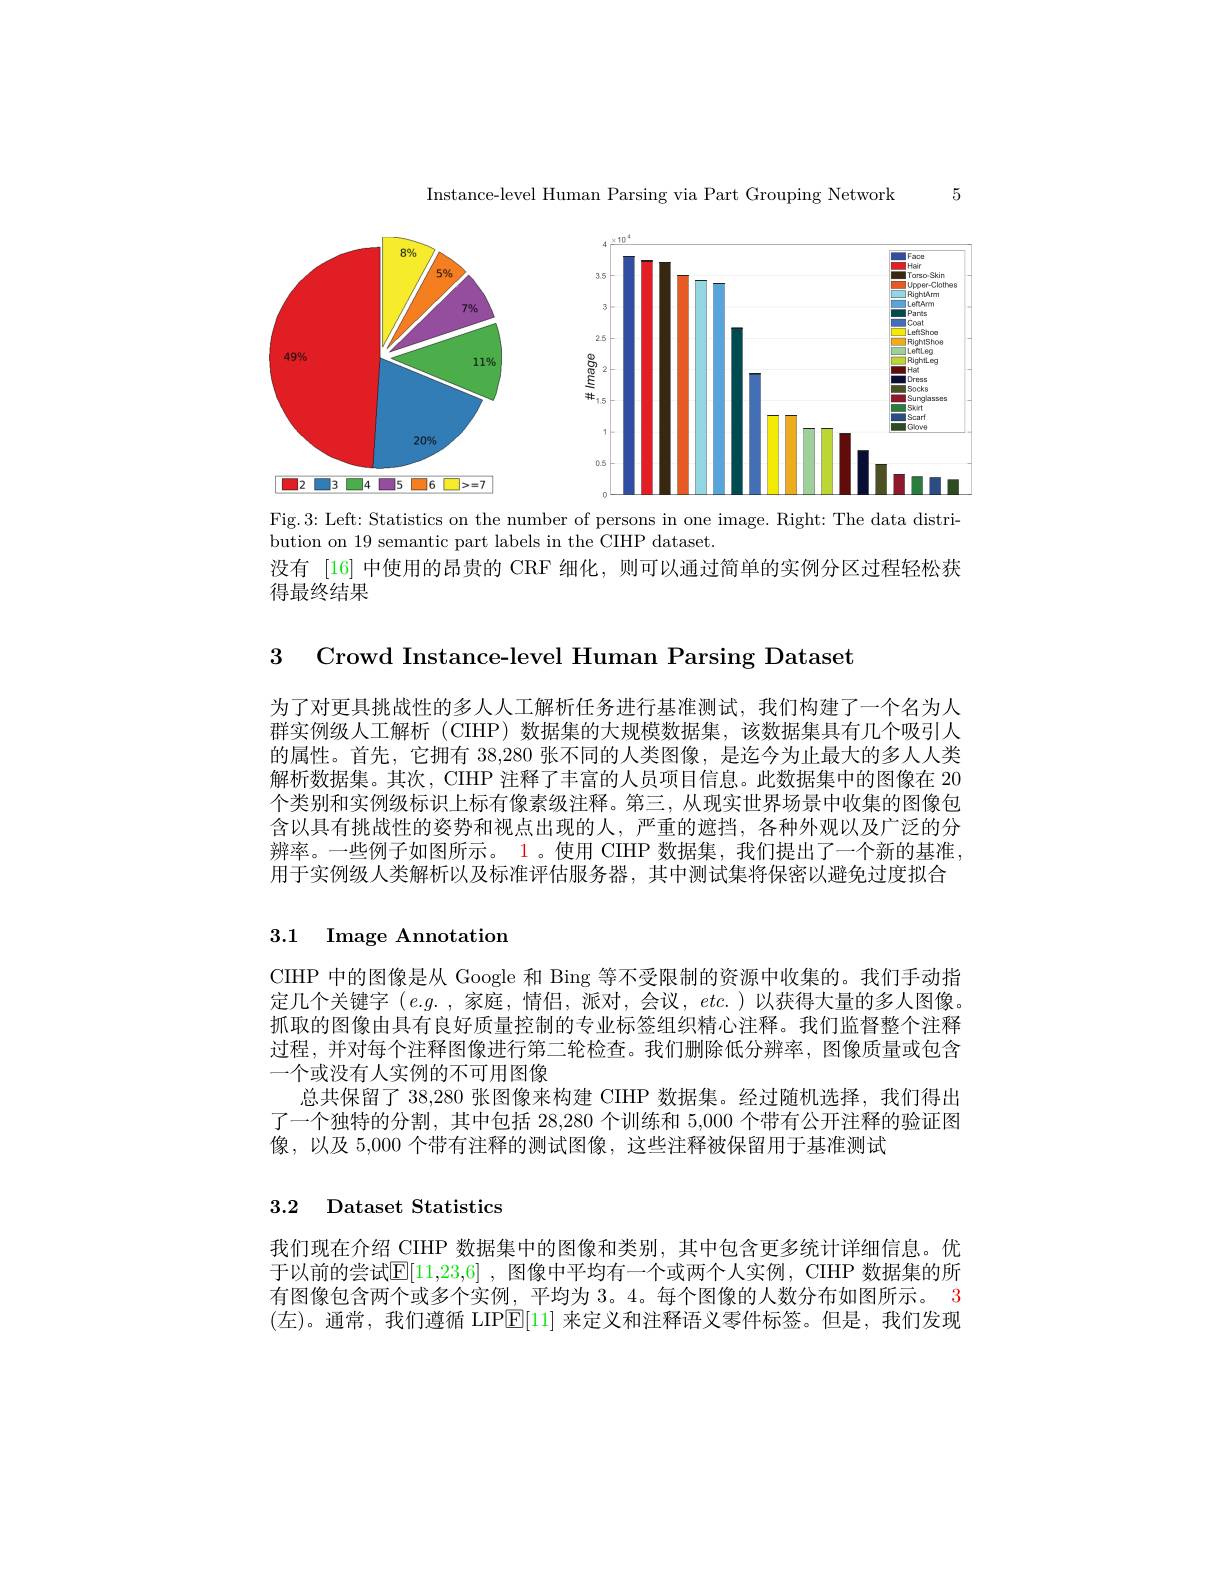
Instance-level Human Parsing via Part Grouping Network

5

<FigureHere>

Fig. 3: Left: Statistics on the number of persons in one image. Right: The data distri-
bution on 19 semantic part labels in the CIHP dataset

没有 [16] 中使用的昂贵的 CRF 细化，则可以通过简单的实例分区过程轻松获
得最终结果

3 Crowd Instance-level Human Parsing Dataset

为了对更具挑战性的多人人工解析任务进行基准测试，我们构建了一个名为人群实例级人工解析(CIHP)数据集的大规模数据集，该数据集具有几个吸引人的属性。首先，它拥有 38,280 张不同的人类图像，是迄今为止最大的多人人类解析数据集。其次，CIHP 注释了丰富的人员项目信息。此数据集中的图像在 20个类别和实例级标识上标有像素级注释。第三，从现实世界场景中收集的图像包含以具有挑战性的姿势和视点出现的人，严重的遮挡，各种外观以及广泛的分辨率。一些例子如图所示。1。使用 CIHP 数据集，我们提出了一个新的基准， 用于实例级人类解析以及标准评估服务器，其中测试集将保密以避免过度拟合

# 3.1 Image Annotation

CIHP 中的图像是从 Google 和 Bing 等不受限制的资源中收集的。我们手动指定几个关键字$(e.g.$,家庭 ,情侣，派对，会议，$etc.)$以获得大量的多人图像。抓取的图像由具有良好质量控制的专业标签组织精心注释。我们监督整个注释过程，并对每个注释图像进行第二轮检查。我们删除低分辨率，图像质量或包含一个或没有人实例的不可用图像
总共保留了38，280张图像来构建 CIHP 数据集。经过随机选择，我们得出了一个独特的分割，其中包括 28,280 个训练和 5,000 个带有公开注释的验证图像，以及 5,000 个带有注释的测试图像，这些注释被保留用于基准测试

## 3.2 Dataset Statistics

我们现在介绍\_CIHP 数据集中的图像和类别，其中包含更多统计详细信息。优于以前的尝试$\mathbb{E}[11,23,6]$ ,图像中平均有一个或两个人实例，CIHP 数据集的所有图像包含两个或多个实例，平均为 3。4。每个图像的人数分布如图所示。3 (左)。通常，我们遵循 LIPE[11] 来定义和注释语义零件标签。但是，我们发现